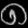
Digit: ၈